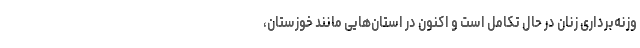
وزنه‌برداری زنان در حال تکامل است و اکنون در استان‌هایی مانند خوزستان،